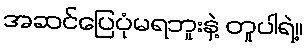
အဆင်ပြေပုံမရဘူးနဲ့ တူပါရဲ့။